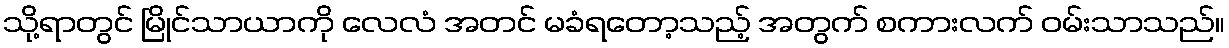
သို့ရာတွင် မြိုင်သာယာကို လေလံ အတင် မခံရတော့သည့် အတွက် စကားလက် ဝမ်းသာသည်။